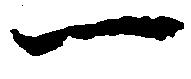
一